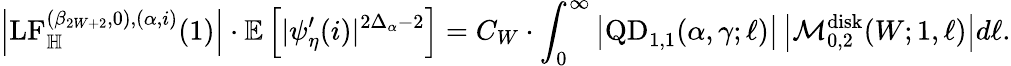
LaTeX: \left|\mathrm{LF}_{\mathbb H}^{(\beta_{2W+2},0),(\alpha,i)}(1)\right|\cdot\mathbb E\left[|\psi_{\eta}^{\prime}(i)|^{2\Delta_{\alpha}-2}\right]=C_{W}\cdot\int_{0}^{\infty}\left|\mathrm{QD}_{1,1}(\alpha,\gamma;\ell)\right|\left|\mathcal M_{0,2}^{\mathrm{disk}}(W;1,\ell)\right|d\ell.